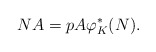
\begin{align*}NA = p A \varphi_K^*(N).\end{align*}